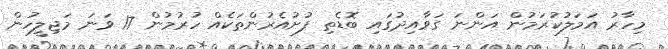
މިހާރު އަމަލުކުރަމުން އަންނަ ގަވާއިދުގައި ބޮޑެތި ފުށުއެރުންތަކެއް ހުރުމުން 17 ވަނަ މަޖިލީހުން